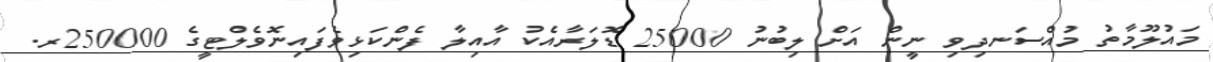
މައުލޫމާތު މުއްސަނދިވި ނީން އަށް ލިބުނު 25000 ޑޮލަރާއެކު އާއިލާ ފެންކަޅިވެފައިނޮވެލްޓީގެ 250000ރ.